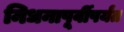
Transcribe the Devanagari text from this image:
निधनापूर्वीपर्यंत